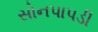
સોનપાપડી